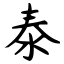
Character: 泰